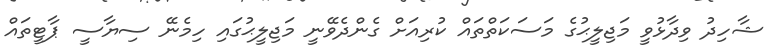
ޝާހިދު ވިދާޅުވީ މަޖިލީޙުގެ މަސަކަތްތައް ކުރިއަށް ގެންދެވޭނީ މަޖިލީޙުގައި ހިމެނޭ ސިޔާސީ ޕާޓީތައް